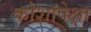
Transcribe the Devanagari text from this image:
कोशांपेक्षा